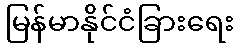
မြန်မာနိုင်ငံခြားရေး